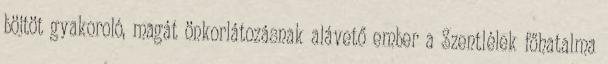
böjtöt gyakoroló, magát önkorlátozásnak alávető ember a Szentlélek főhatalma